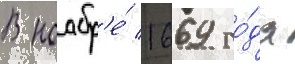
В ноабр'е́ 1669 го́да